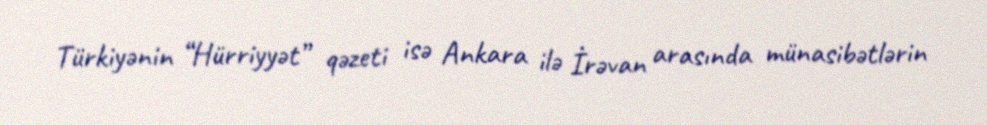
Türkiyənin “Hürriyyət” qəzeti isə Ankara ilə İrəvan arasında münasibətlərin